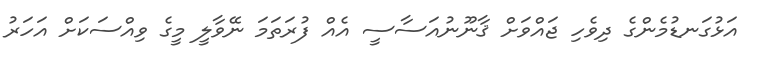
އަޅުގަނޑުމެންގެ ދިވެހި ޖައްވަށް ޤާނޫނުއަސާސީ އެއް ފުރަތަމަ ނޭވާލީ މީގެ ވިއްސަކަށް އަހަރު